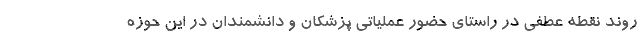
روند نقطه عطفی در راستای حضور عملیاتی پزشکان و دانشمندان در این حوزه